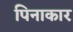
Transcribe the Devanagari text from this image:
पिनाकार